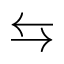
\leftrightarrows